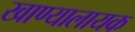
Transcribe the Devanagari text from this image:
खाण्यालायक